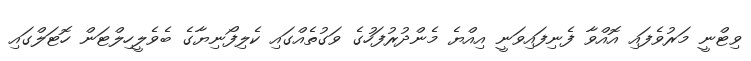
ވިޓްނީ މަރުވެފައި އޮއްވާ ފެނިފައިވަނީ އިއްޔެ މެންދުރުފަހުގެ ވަގުތެއްގައި ކެލިފޯނިޔާގެ ބެވެލީހިލްޓަން ހޮޓަލްގައި